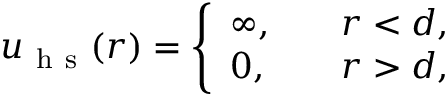
\begin{array} { r } { u _ { \mathrm { ~ h ~ s ~ } } ( r ) = \left\{ \begin{array} { l l } { \infty , \quad } & { r < d , } \\ { 0 , } & { r > d , } \end{array} \right. } \end{array}